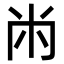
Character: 㡀